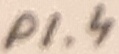
Text: P1.4